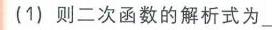
(1) 则二次函数的解析式为\_